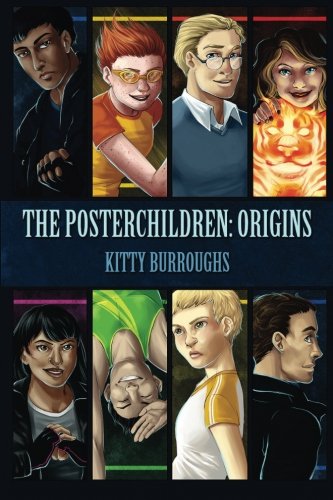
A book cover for The Posterchildren: Origins (Volume 1); Kitty Burroughs; Science Fiction & Fantasy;